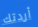
أردتك